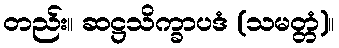
တည်း။ ဆဋ္ဌသိက္ခာပဒံ (သမတ္တံ)။